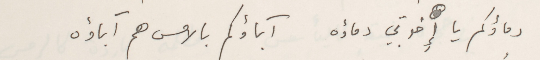
دماؤكم يا إِِخوتي دماؤه        آباؤكم بالامس هم آباؤه